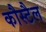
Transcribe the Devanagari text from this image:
कौस्टैल